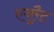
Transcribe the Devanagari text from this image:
एजुरैट